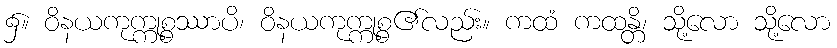
၌။ ဝိနယကုက္ကုစ္စဿာပိ၊ ဝိနယကုက္ကုစ္စ၏လည်း။ ကထံ ကထန္တိ၊ သို့လော သို့လော